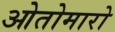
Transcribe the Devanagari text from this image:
ओतोमारो